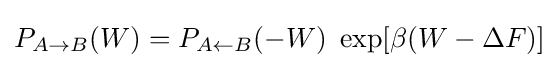
P_{A\rightarrow B}(W)=P_{A\leftarrow B}(-W)~\exp[\beta (W-\Delta F)]